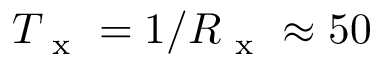
T _ { \mathrm { ~ x ~ } } = 1 / R _ { \mathrm { ~ x ~ } } \approx 5 0